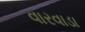
વારવાડા